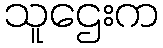
သူဌေးက